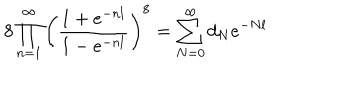
8 \prod _ { n = 1 } ^ { \infty } \left( \frac { 1 + e ^ { - n l } } { 1 - e ^ { - n l } } \right) ^ { 8 } = \sum _ { N = 0 } ^ { \infty } d _ { N } e ^ { - N l }